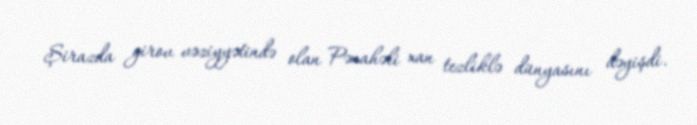
Şirazda girov vəziyyətində olan Pənahəli xan tezliklə dünyasını dəyişdi.